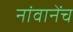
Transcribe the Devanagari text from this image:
नांवानेंच